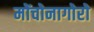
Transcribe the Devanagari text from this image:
मोंचोनागोरो